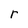
Character: r